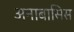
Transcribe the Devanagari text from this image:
अनाबासिस